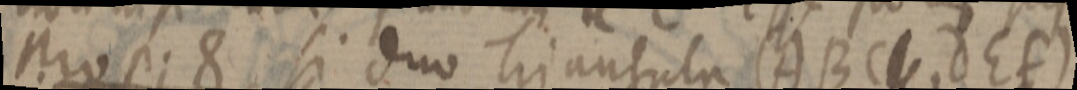
prop; 8 si duo triangula (ABC _, dEf)